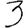
Digit: 3